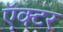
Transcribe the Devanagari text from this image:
ऍक्टर